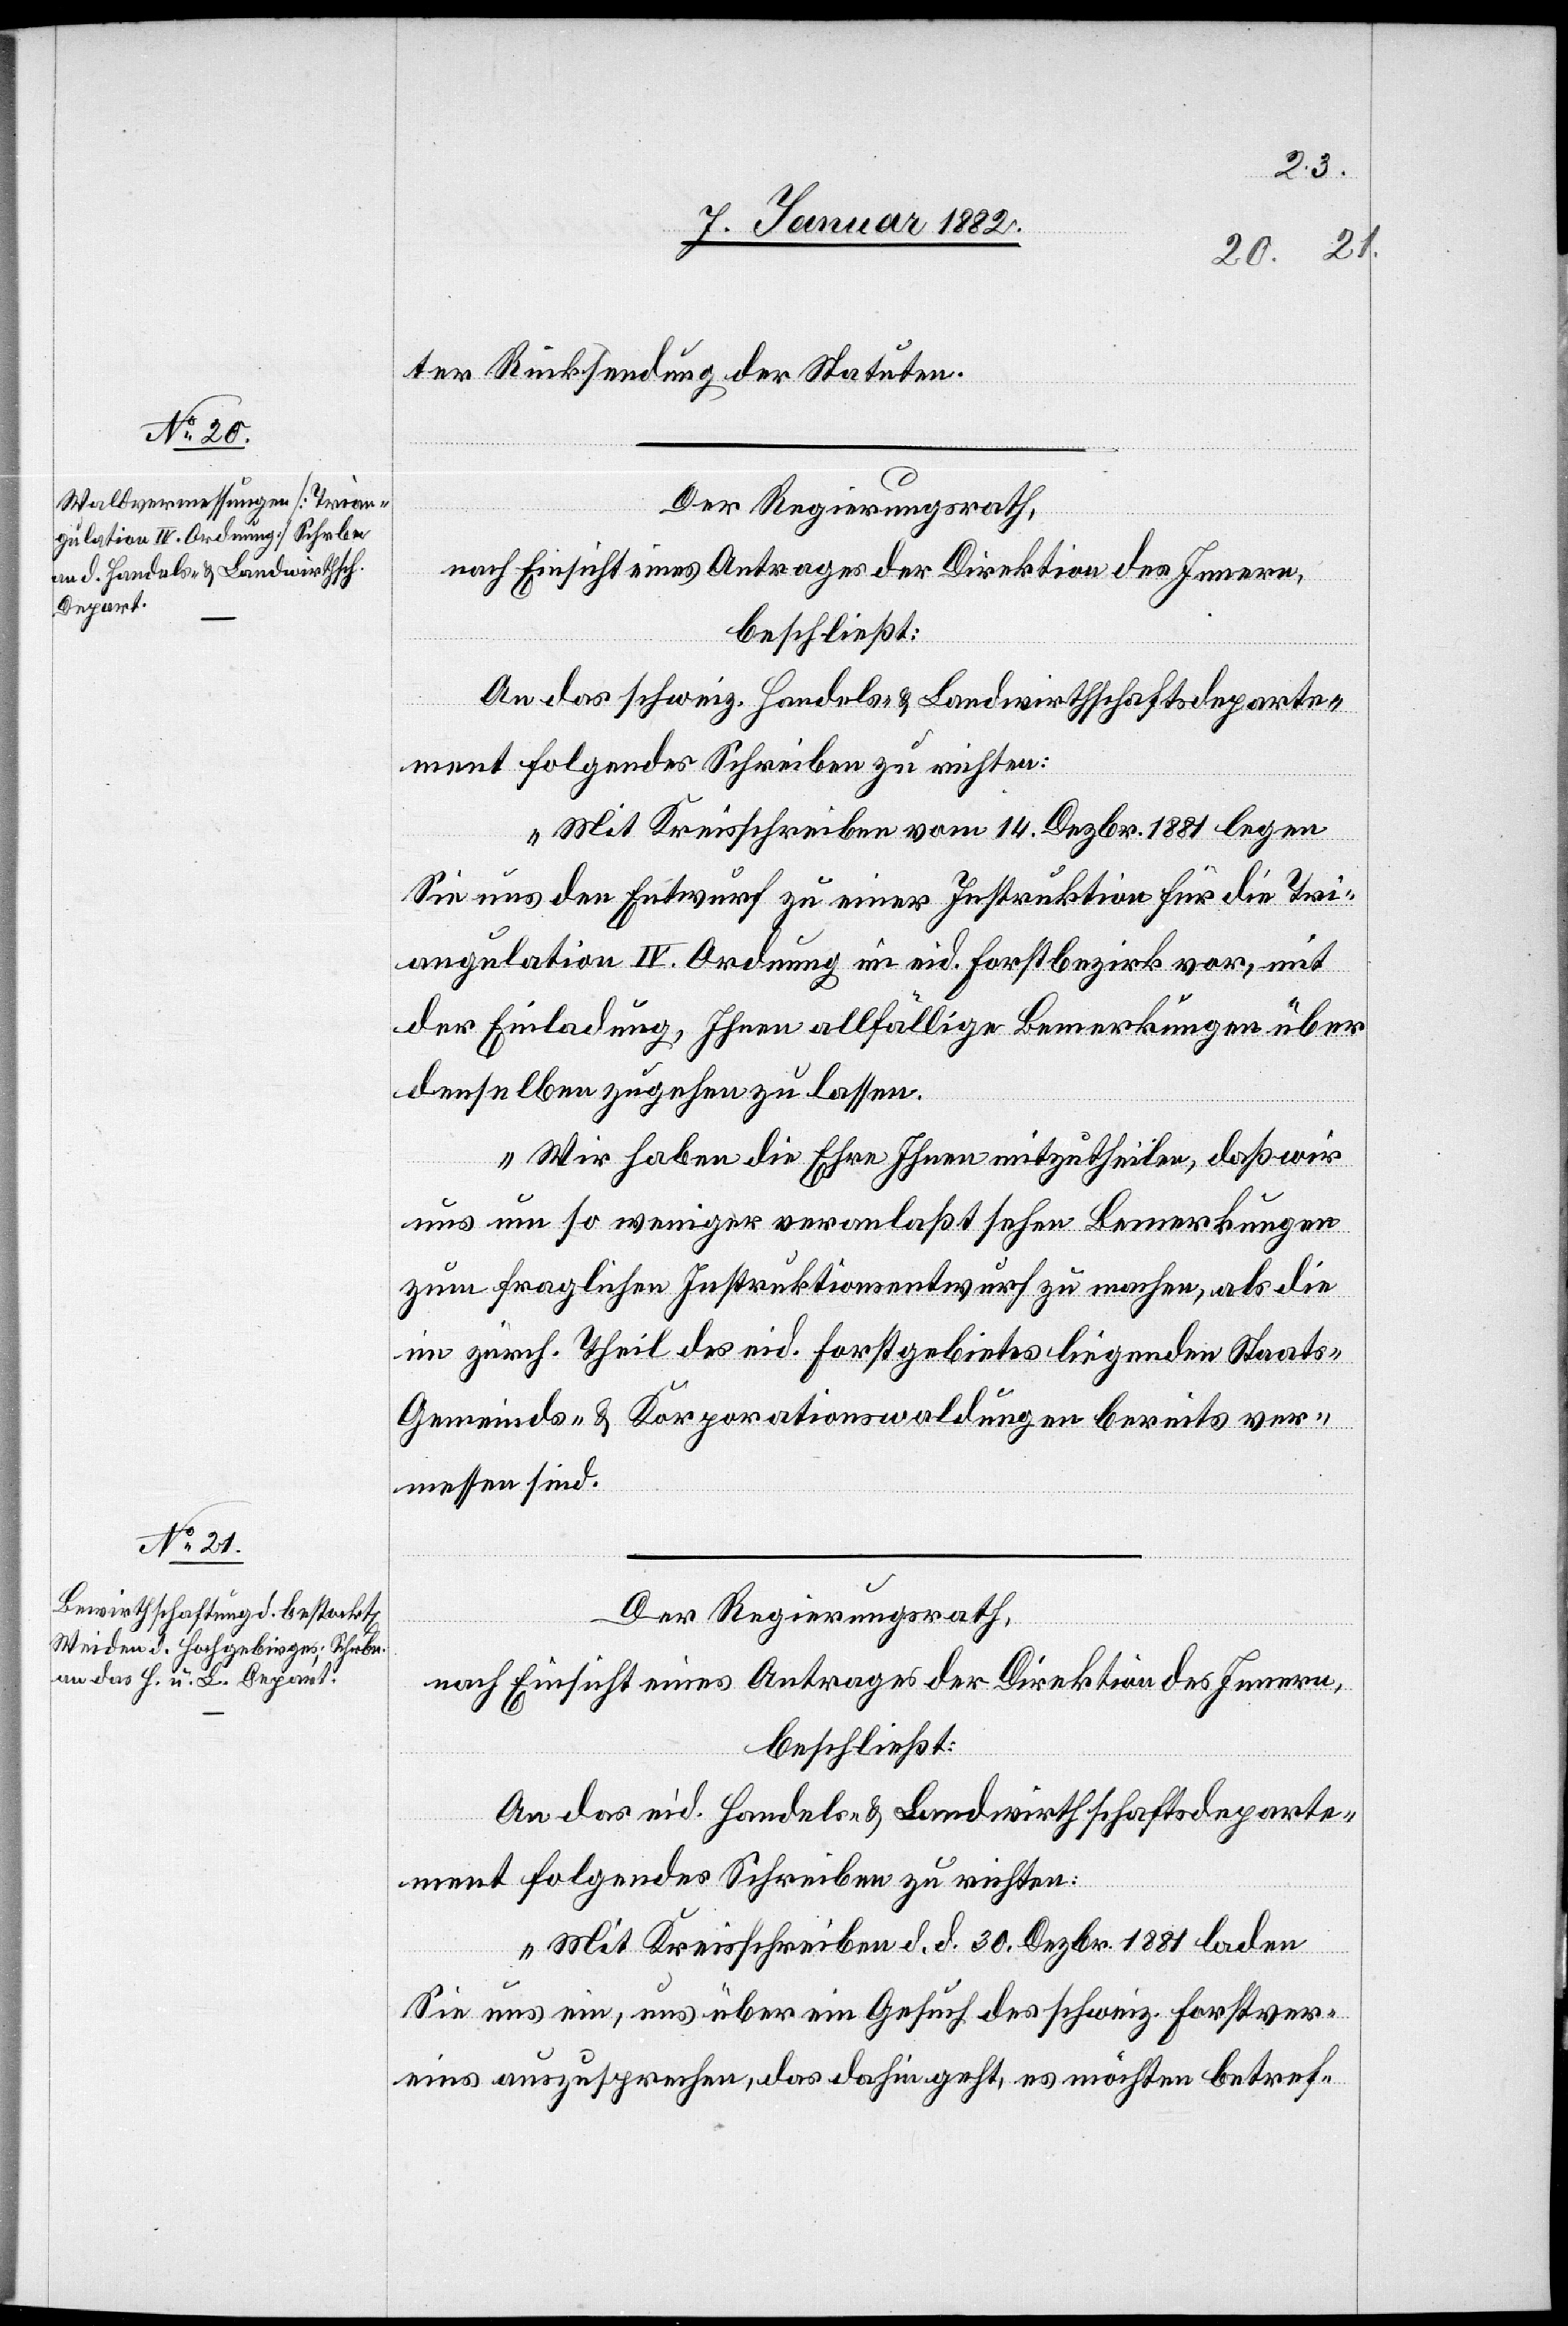
ter Rücksendung der Statuten.
Der Regierungsrath,
nach Einsicht eines Antrages der Direktion des Innern,
beschließt:
An das schweiz. Handels- & Landwirthschaftsdeparte¬
ment folgendes Schreiben zu richten:
„Mit Kreisschreiben vom 14. Dezbr. 1881 legen
Sie uns den Entwurf zu einer Instruktion für die Tri¬
angulation IV. Ordnung im eid. Forstbezirk vor, mit
der Einladung, Ihnen allfällige Bemerkungen über
denselben zugehen zu lassen.
Wir haben die Ehre Ihnen mitzutheilen, daß wir
uns um so weniger veranlaßt sehen Bemerkungen
zum fraglichen Instruktionsentwurf zu machen, als die
im zürch. Theil des eid. Forstgebietes liegenden Staats-
Gemeinds- & Korporationswaldungen bereits ver¬
messen sind.
Der Regierungsrath,
nach Einsicht eines Antrages der Direktion des Innern,
beschließt:
An das eid. Handels- & Landwirthschaftsdeparte¬
ment folgendes Schreiben zu richten:
„Mit Kreisschreiben d. d. 30 Dezbr. 1881 laden
Sie uns ein, uns über ein Gesuch des Schweiz. Forstver¬
eins auszusprechen, das dahin geht, es möchten betref-